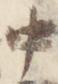
中